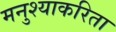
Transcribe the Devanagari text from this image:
मनुश्याकरिता